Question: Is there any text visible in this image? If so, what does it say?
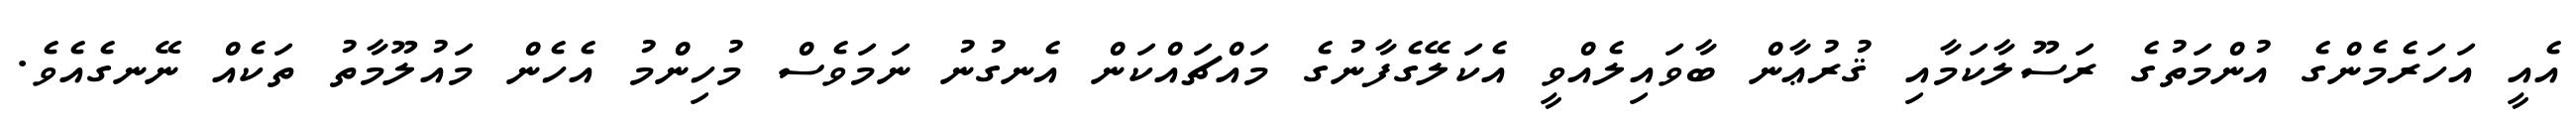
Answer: އެއީ އަހަރެމެންގެ އުންމަތުގެ ރަސޫލާކަމާއި ޤުރުޢާން ބާވައިލެއްވީ އެކަލޭގެފާނުގެ މައްޗައްކަން އެނގުނު ނަމަވެސް މުހިންމު އެހެން މައުލޫމާތު ތަކެއް ނޭނގެއެވެ.